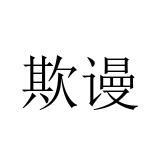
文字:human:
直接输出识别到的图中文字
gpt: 欺谩